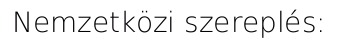
Nemzetközi szereplés: